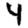
Digit: 4